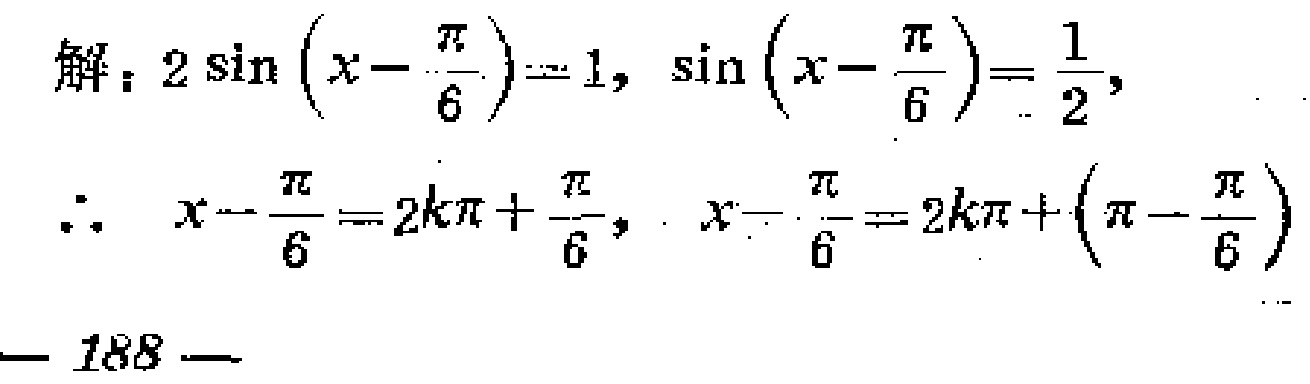
解：$2\sin\left(x - \frac{\pi}{6}\right) = 1$, $\sin\left(x - \frac{\pi}{6}\right) = \frac{1}{2}$,
$\therefore\ x - \frac{\pi}{6} = 2k\pi + \frac{\pi}{6}$, $x - \frac{\pi}{6} = 2k\pi + \left(\pi - \frac{\pi}{6}\right)$
— 188 —